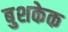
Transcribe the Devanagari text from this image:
बुशकेक